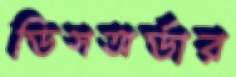
ডিসঅর্ডার